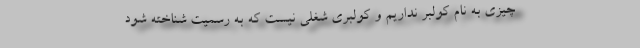
چیزی به نام کولبر نداریم و کولبری شغلی نیست که به رسمیت شناخته شود